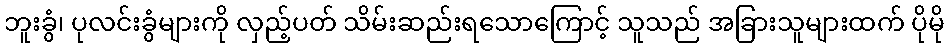
ဘူးခွံ၊ ပုလင်းခွံများကို လှည့်ပတ် သိမ်းဆည်းရသောကြောင့် သူသည် အခြားသူများထက် ပိုမို